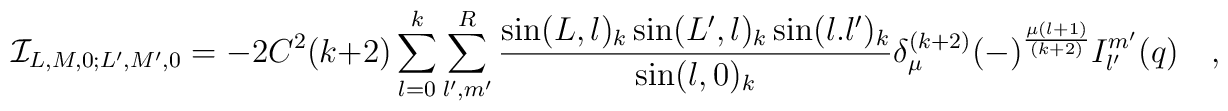
{\cal I}_{L,M,0;L',M',0} = -2C^2 (k+2) \sum_{l=0}^k \sum_{l',m'}^{R}{{\sin(L,l)_k \sin(L',l)_k\sin(l.l')_k}\over{\sin(l,0)_k}}\delta_{\mu}^{(k+2)} (-)^{{\mu(l+1)}\over{(k+2)}} I_{l'}^{m'}(q)\quad,